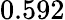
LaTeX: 0.592